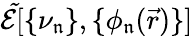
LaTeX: \mathcal{\tilde{E}}[\{ \nu_{\mathfrak{n}}\} ,\{ \phi_{\mathfrak{n}}(\vec{r})\} ]